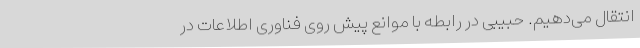
انتقال می‌دهیم. حبیبی در رابطه با موانع پیش روی فناوری اطلاعات در